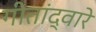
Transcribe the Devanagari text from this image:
गीतांद्वारे